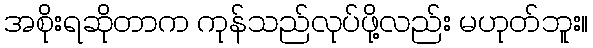
အစိုးရဆိုတာက ကုန်သည်လုပ်ဖို့လည်း မဟုတ်ဘူး။